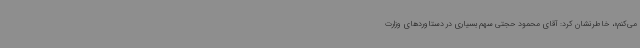
می‌کنم»، خاطرنشان کرد: آقای محمود حجتی سهم بسیاری در دستاوردهای وزارت